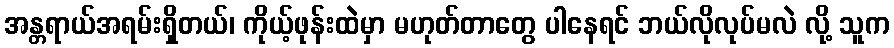
အန္တရာယ်အရမ်းရှိတယ်၊ ကိုယ့်ဖုန်းထဲမှာ မဟုတ်တာတွေ ပါနေရင် ဘယ်လိုလုပ်မလဲ လို့ သူက